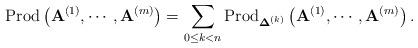
LaTeX: \begin{align*}\mbox{Prod}\left(\mathbf{A}^{(1)},\cdots,\mathbf{A}^{(m)}\right)=\sum_{0\le k<n}\mbox{Prod}_{\boldsymbol{\Delta}^{(k)}}\left(\mathbf{A}^{(1)},\cdots,\mathbf{A}^{(m)}\right).\end{align*}